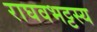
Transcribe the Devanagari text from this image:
राघवभट्टस्य